Civil Veterinary Department. United Provinces 1932-42 - 1932-1942
Year: 1932
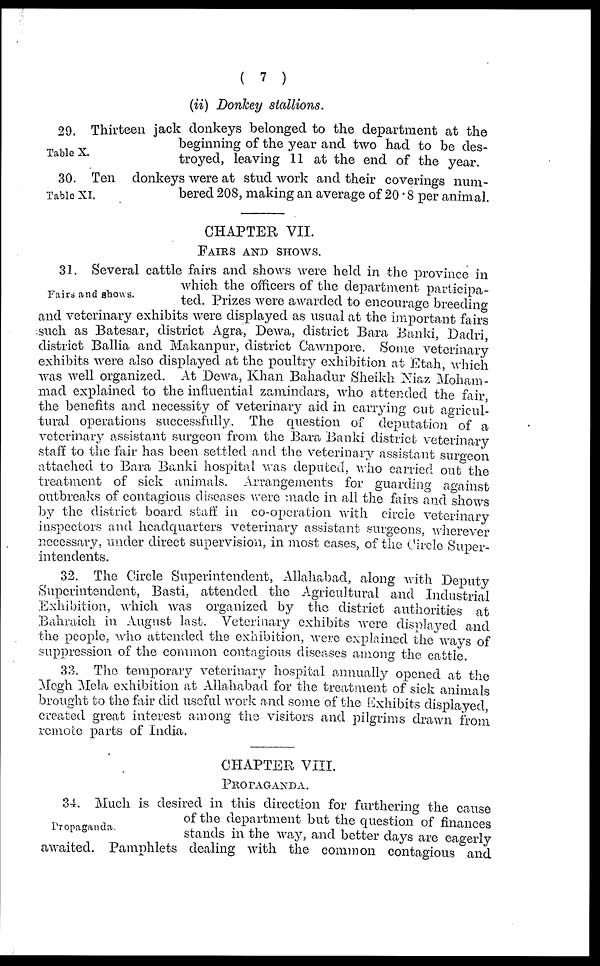
(7)
(ii) Donkey stallions.
Table X.
29. Thirteen jack donkeys belonged to the department at the
beginning of the year and two had to be des-
troyed, leaving 11 at the end of the year.
Table XI.
30. Ten donkeys were at stud work and their coverings num-
bered 208, making an average of 20.8 per animal.
CHAPTER VII.
FAIRS AND SHOWS.
Fairs and shows.
31. Several cattle fairs and shows were held in -the province in
which the officers of the department participa-
ted. Prizes were awarded to encourage breeding
and veterinary exhibits were displayed as usual at the important fairs
such as Batesar, district Agra, Dewa, district Bara Banki, Dadri
district Ballia and Makanpur, district Cawnpore. Some veterinary
exhibits were also displayed at the poultry exhibition at Etah which
was well organized. At Dewa, Khan Bahadur Sheikh Niaz Moham-
mad explained to the influential zamindars, who attended the fair
the benefits and necessity of veterinary aid in carrying cut agricul-
tural operations successfully. The question of deputation of a
veterinary assistant surgeon from the Bara Banki district veterinary
staff to the fair has been settled and the veterinary assistant surgeon.
attached to Bara Banki hospital was deputed, who carried out the
treatment of sick animals. Arrangements for guarding against
outbreaks of contagious diseases were made in all the fairs and shows
by the district board staff in co-operation with circle veterinary
inspectors and headquarters veterinary assistant surgeons, wherever
necessary, under direct supervision, in most cases, of the Circle Super-
intendents.
32. The Circle Superintendent, Allahabad, along with Deputy
Superintendent, Basti, attended the Agricultural and Industrial
Exhibition, which was organized by the district authorities at
Bahraich in August last. Veterinary exhibits were displayed and
the people, who attended the exhibition, were explained the ways of
suppression of the common contagious diseases among the cattle.
33. The temporary veterinary hospital annually opened at the
Megh Mela exhibition at Allahabad for the treatment of sick animals
brought to the fair did useful work and some of the Exhibits displayed
created great interest among the visitors and pilgrims drawn from
remote parts of India.
CHAPTER VIII.
PROPAGANDA.
Propaganda.
34. Much is desired in this direction for furthering the cause
of the department but the question of finances
stands in the way, and better days are eagerly
awaited. Pamphlets dealing with the common contagious and